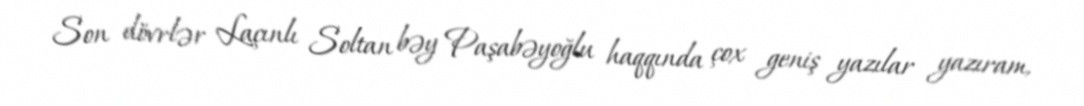
Son dövrlər Laçınlı Soltan bəy Paşabəyoğlu haqqında çox geniş yazılar yazıram,